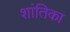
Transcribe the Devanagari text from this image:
शांतिका